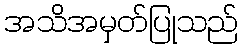
အသိအမှတ်ပြုသည်